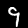
Digit: 9